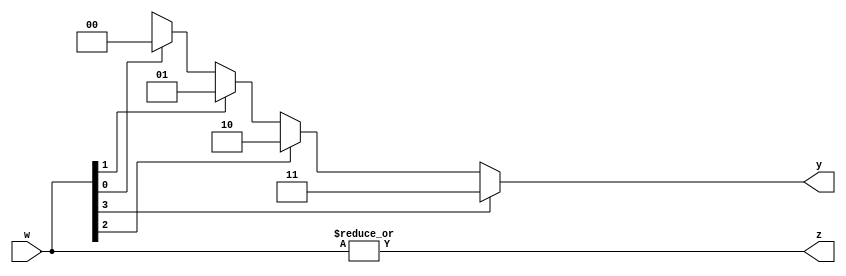

module priority_encoder_generic
#(parameter n = 4)
(
input [n-1:0]w,
output reg [$clog2(n)-1:0]y,
output z
);

assign z = |w;

integer i;

always @(w)
begin
	y = 'bx;
	for(i = 0; i < n; i = i + 1)
		if(w[i])
			y = i;
		
end
endmodule


/*
Illustration Example:
	4 bit Priority Encoder
Truth Table:
w3	w2	w1	w0	|	y1	y0	z
0	0	0	0	|	d	d	0
0	0	0	1	|	0 	0	1
0	0	1	x	|	0	1	1
0	1	x	x	|	1	0	1
1	x	x	x	|	1	1	1

The code subtly implements this truth table
*/